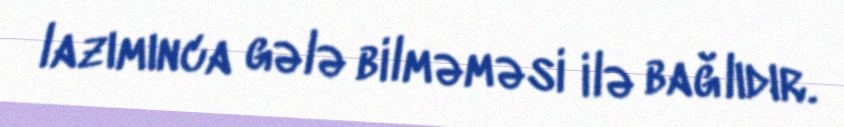
lazımınca gələ bilməməsi ilə bağlıdır.